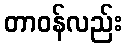
တာဝန်လည်း